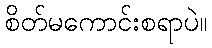
စိတ်မကောင်းစရာပဲ။